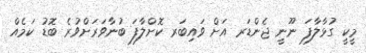
މީކީ ގުޅާލާފަ ނޫނީ ޖެންޑަރ އަށް ވައިބަރ ކޮށްލާފަ ބުނާވަރަށްވުރެ ބޮޑު ކަމެއް